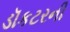
ડૉકટરની